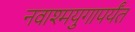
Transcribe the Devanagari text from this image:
नवाश्मयुगापर्यंत